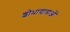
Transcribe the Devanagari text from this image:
शोभायात्राओं